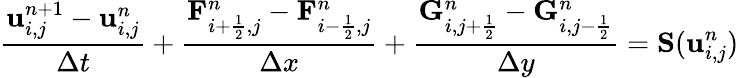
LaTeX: \frac{\mathbf u_{i,j}^{n+1}-\mathbf u_{i,j}^{n}}{\Delta t}+\frac{\mathbf F_{i+\frac{1}{2},j}^{n}-\mathbf F_{i-\frac{1}{2},j}^{n}}{\Delta x}+\frac{\mathbf G_{i,j+\frac{1}{2}}^{n}-\mathbf G_{i,j-\frac{1}{2}}^{n}}{\Delta y}=\mathbf S(\mathbf u_{i,j}^{n})